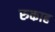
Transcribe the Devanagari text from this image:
रुकाह